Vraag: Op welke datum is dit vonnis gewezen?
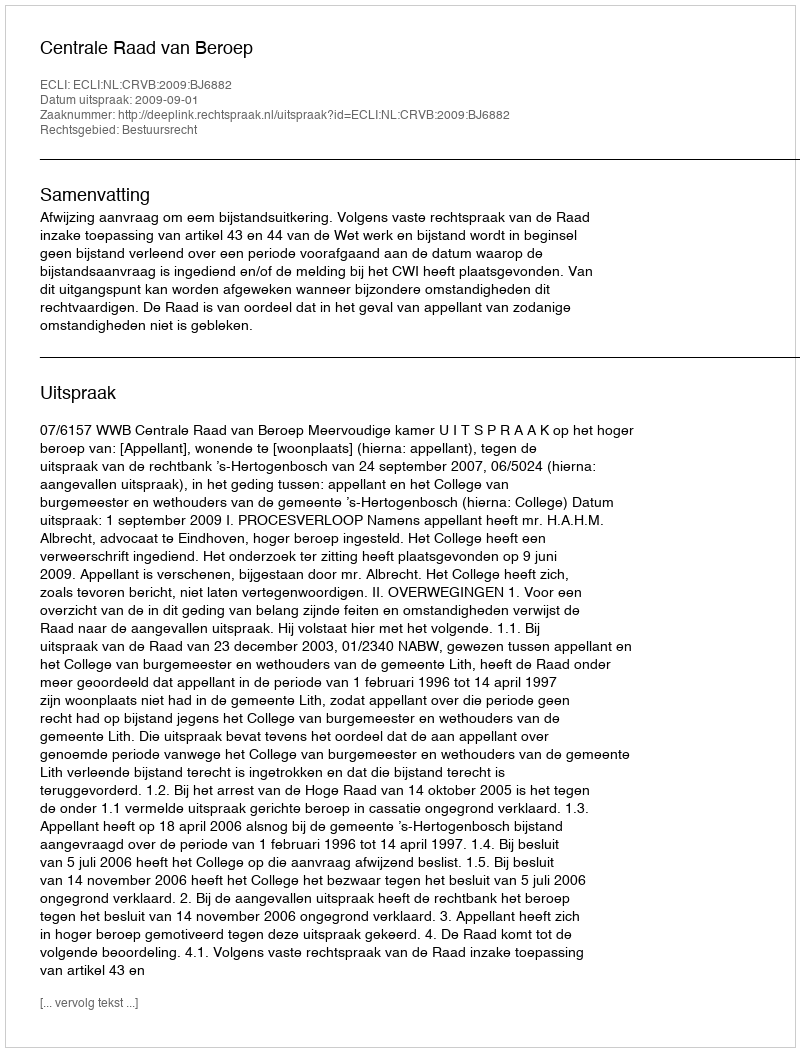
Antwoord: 2009-09-01